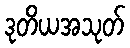
ဒုတိယအသုတ်